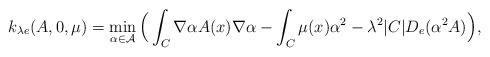
LaTeX: \begin{align*} k_{\lambda e}(A,0,\mu)=\min_{\alpha\in \mathcal{A}} \Big(\int_C \nabla\alpha A(x)\nabla \alpha -\int_C \mu(x)\alpha^2 -\lambda^2 |C| D_e (\alpha^2 A) \Big),\end{align*}